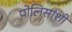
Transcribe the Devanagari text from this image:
पोलिसांशी